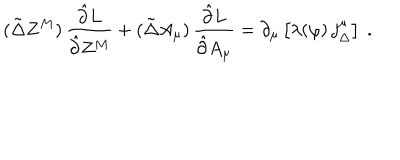
LaTeX: ( \tilde { \Delta } Z ^ { M } ) \, \frac { \hat { \partial } L } { \hat { \partial } Z ^ { M } } + ( \tilde { \Delta } A _ { \mu } ) \, \frac { \hat { \partial } L } { \hat { \partial } A _ { \mu } } = \partial _ { \mu } \left[ \lambda ( \varphi ) \, j _ { \Delta } ^ { \mu } \right] \ .